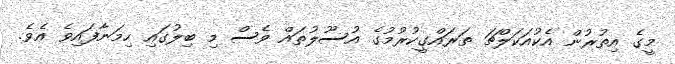
މީގެ އިތުރުން އެކުއަކަލްޗަ ތަރައްގީކުރުމުގެ އުސޫލުތައް ވެސް މި ބިލުގައި ހިމަނާފައިވެ އެވެ.